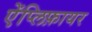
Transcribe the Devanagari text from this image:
ऐंप्लिफ़ायर